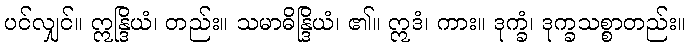
ပင်လျှင်။ ဣန္ဒြိယံ၊ တည်း။ သမာဓိန္ဒြိယံ၊ ၏။ ဣဒံ၊ ကား။ ဒုက္ခံ၊ ဒုက္ခသစ္စာတည်း။